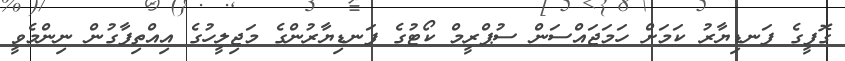
ގޮފީގެ ފަނޑިޔާރު ކަމަށް ހަމަޖައްސަން ސުޕްރީމް ކޯޓުގެ ފަނޑިޔާރުންގެ މަޖިލީހުގެ އިއްތިފާގުން ނިންމެވީ